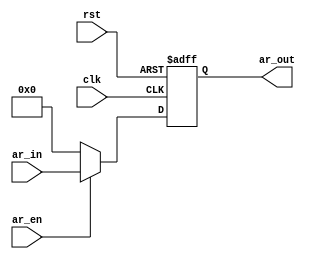
`timescale 1ns / 1ps
//////////////////////////////////////////////////////////////////////////////////
// Company: 
// Engineer: 
// 
// Design Name: 
// Module Name:    ar 
// Project Name: 
// Target Devices: 
// Tool versions: 
// Description: 
//
// Dependencies: 
//
// Revision: 
// Revision 0.01 - File Created
// Additional Comments: 
//
//////////////////////////////////////////////////////////////////////////////////
module ar(
input clk,
input rst,
input ar_en,
input[15:0] ar_in,
output reg[15:0] ar_out
    );
always@(posedge clk or negedge rst)
	if(!rst)
		ar_out<=16'd0;
	else if(ar_en)
		ar_out<=ar_in;
	else
		ar_out<=16'd0;
endmodule